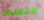
الشهادات